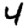
Digit: 4